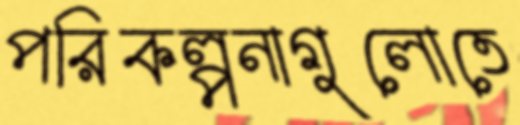
পরিকল্পনাগুলোতে